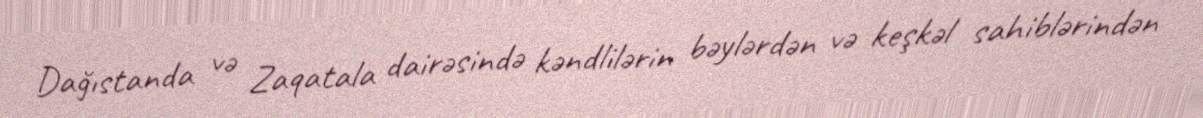
Dağıstanda və Zaqatala dairəsində kəndlilərin bəylərdən və keşkəl sahiblərindən